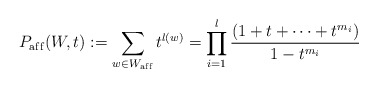
\begin{gather*}P_{\rm af\/f}(W,t):=\sum_{w \in W_{\rm af\/f}} t^{l(w)}=\prod_{i=1}^{l}{(1+t+\cdots+t^{m_i}) \over 1-t^{m_i}}\end{gather*}